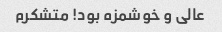
عالی و خوشمزه بود! متشکرم